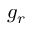
g _ { r }